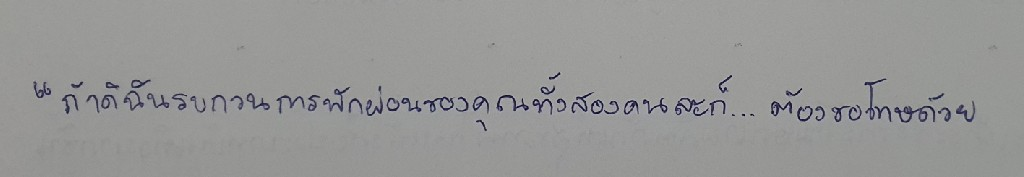
"ถ้าดิฉันรบกวนการพักผ่อนของคุณทั้งสองคนละก็...ต้องขอโทษด้วย